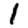
Digit: 1